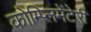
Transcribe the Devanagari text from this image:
कोम्प्लिमेंटेरी